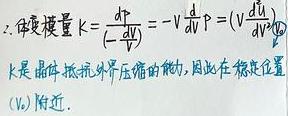
2. 体变模量 $K = \frac{dP}{(-\frac{dV}{V})}=-V\frac{dP}{dV}=P/(\frac{V}{dV}\frac{dU}{dV})$。$K$ 是晶体抵抗外界压缩的能力，因此在稳定位置 $(V_0)$ 附近。